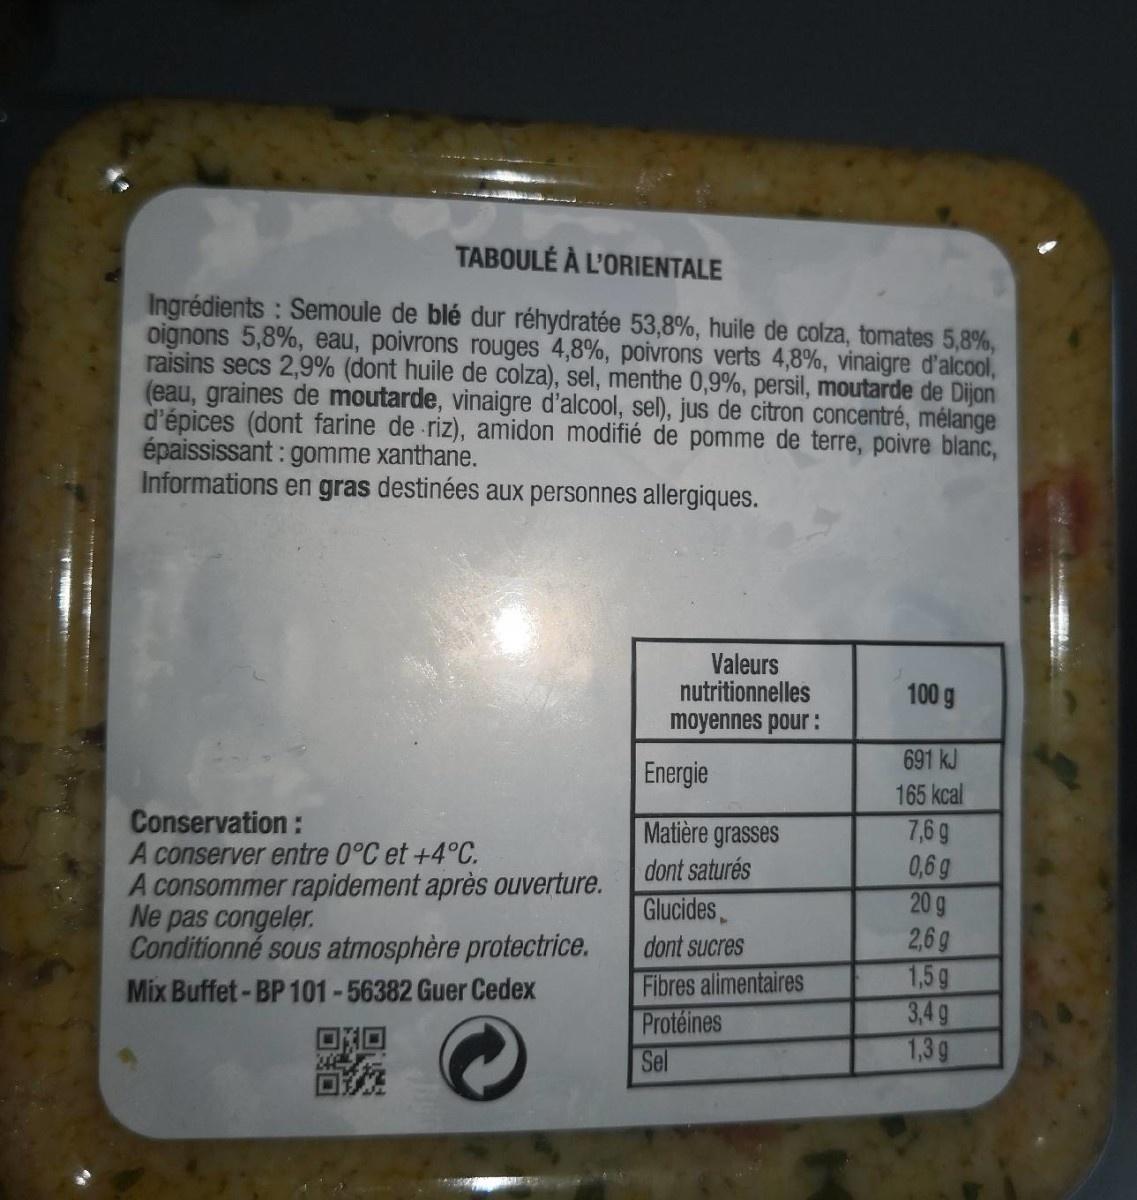
TABOULÉ À L'ORIENTALE
Ingrédients : Semoule de blé dur réhydratée 53,8%, huile de colza, tomates 5,8%, oignons 5,8%, eau, poivrons rouges 4,8%, poivrons verts 4,8%, vinaigre d'alcool, raisins secs 2,9% (dont huile de colza), sel, menthe 0,9%, persil, moutarde de Dijon (eau, graines de moutarde, vinaigre d'alcool, sel), jus de citron concentré, mélange d'épices (dont farine de riz), amidon modifié de pomme de terre, poivre blanc, épaississant : gomme xanthane. Informations en gras destinées aux personnes allergiques.
Valeurs nutritionnelles
100 g
moyennes pour:
691 kJ
Energie
165 kcal
7,6 g 0,6 g 20 g
Matière grasses
Conservation: A conserver entre 0°C et +4°C. A consommer rapidement après ouverture. Ne pas congeler. Conditionné sous atmosphère protectrice. Mix Buffet-BP 101-56382 Guer Cedex
dont saturés
Glucides
2,6 g 1,5g 3,4g 1,3 g
dont sucres
Fibres alimentaires Protéines Sel